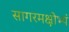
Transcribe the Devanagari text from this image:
सागरमक्षोभ्यं